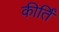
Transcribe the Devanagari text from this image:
कीर्तिं